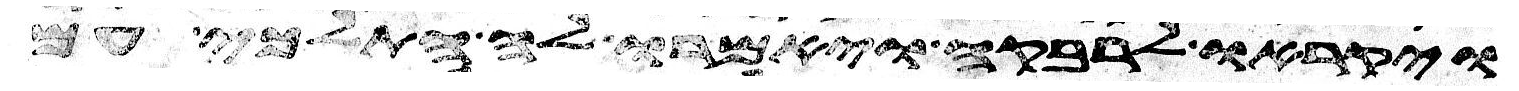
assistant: ויקראו לרבקה ויאמרו לה התלכי עם